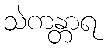
သဲကန္တာရ